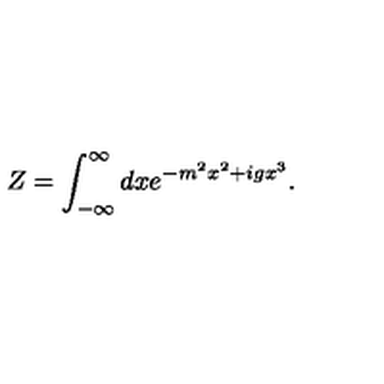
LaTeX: Z = \int _ { - \infty } ^ { \infty } d x e ^ { - m ^ { 2 } x ^ { 2 } + i g x ^ { 3 } } .